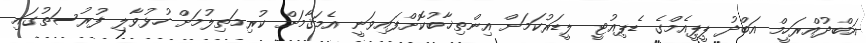
އަބްދުއްރަހީމް އަބްދު ޕީޕީއެމްގެ ޑެޕިއުޓީ ލީޑަރުކަމަށް އިންތިޚާބުކޮށްފައިވަނީ އެމަޤާމަށް ކުރިމަތިލުމަށް ހުޅުވާލި ފުރުސަތުގައި